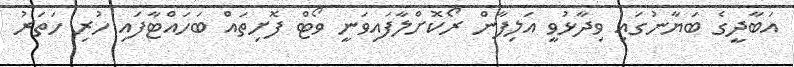
އަބާދީގެ ބަޔާނުގައި ވިދާޅުވީ އަލިފާން ރޯކޮށްލާފައިވަނީ ވޯޓް ފޮށިތައް ބަހައްޓާފައި ހުރި ހަތަރު